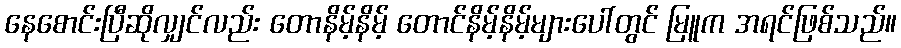
နေစောင်းပြီဆိုလျှင်လည်း တောနိမ့်နိမ့် တောင်နိမ့်နိမ့်များပေါ်တွင် မြူက အရင်ဖြစ်သည်။